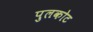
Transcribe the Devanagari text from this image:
पुलकोट